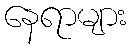
နေရာများ